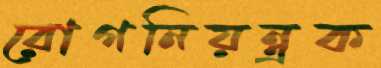
রোগনিয়ন্ত্রক